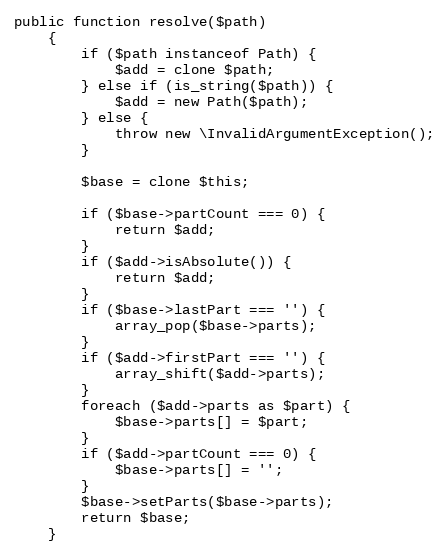
Language: PHP
public function resolve($path)
	{
		if ($path instanceof Path) {
			$add = clone $path;
		} else if (is_string($path)) {
			$add = new Path($path);
		} else {
			throw new \InvalidArgumentException();
		}

		$base = clone $this;

		if ($base->partCount === 0) {
			return $add;
		}
		if ($add->isAbsolute()) {
			return $add;
		}
		if ($base->lastPart === '') {
			array_pop($base->parts);
		}
		if ($add->firstPart === '') {
			array_shift($add->parts);
		}
		foreach ($add->parts as $part) {
			$base->parts[] = $part;
		}
		if ($add->partCount === 0) {
			$base->parts[] = '';
		}
		$base->setParts($base->parts);
		return $base;
	}